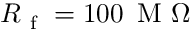
R _ { \mathrm { ~ f ~ } } = 1 0 0 \, \mathrm { ~ M ~ } \Omega